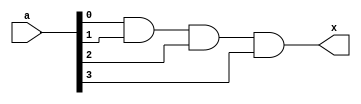
`timescale 1ns/1ns

module and_prim(a,x);

input [3:0] a;
output x;

	and U0 (x,a[0], a[1], a[2], a[3]);

endmodule